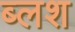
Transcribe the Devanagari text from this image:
ब्लश